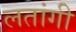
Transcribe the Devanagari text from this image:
लतांगी